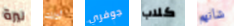
ليرة أذنك جوفري كلاب شأنهم